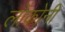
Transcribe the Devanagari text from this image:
लोकोनी